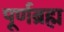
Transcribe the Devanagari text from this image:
पूर्णब्रह्म